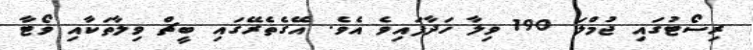
ރިސޯޓުގައި ޖުމްލަ 190 ވިލާ ހަދާފައިވެ އެވެ. އޭގެތެރޭގައި ބީޗް ވިލާތަކާއި ވޯޓާ